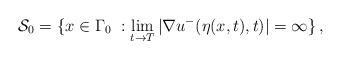
LaTeX: \begin{align*}\mathcal{S}_0=\{x\in \Gamma_0\ : \lim_{t\rightarrow T} |\nabla u^-(\eta(x,t),t)|=\infty\}\,,\end{align*}